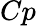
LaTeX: Cp